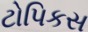
ટોપિકસ